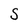
Character: S